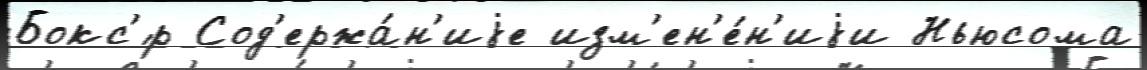
Бокс'́р Сод'ержа́н'иjе изм'ен'е́н'иjи Ньюсома